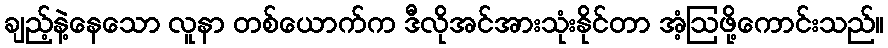
ချည့်နဲ့နေသော လူနာ တစ်ယောက်က ဒီလိုအင်အားသုံးနိုင်တာ အံ့ဩဖို့ကောင်းသည်။